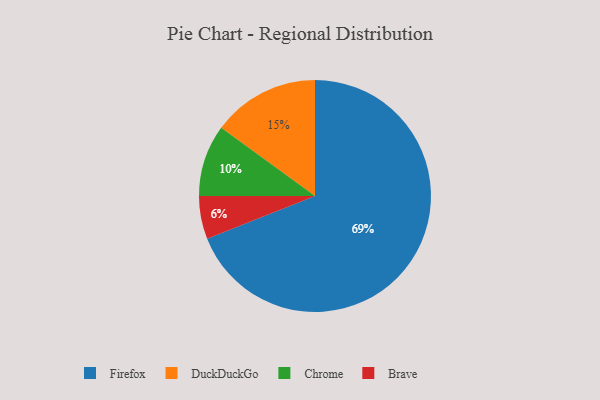
{"axis": {"x": "Category", "y": "Percentage"}, "legend": ["Brave", "Chrome", "DuckDuckGo", "Firefox"], "data": [{"x": "Chrome", "y": 10, "type": "Chrome"}, {"x": "Brave", "y": 6, "type": "Brave"}, {"x": "Firefox", "y": 69, "type": "Firefox"}, {"x": "DuckDuckGo", "y": 15, "type": "DuckDuckGo"}]}